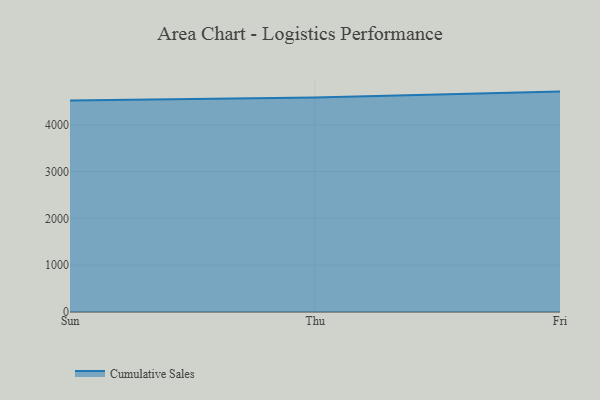
{"axis": {"x": "Day", "y": "Population (Million)"}, "legend": ["Cumulative Sales"], "data": [{"x": "Sun", "y": 4518.1, "type": "Cumulative Sales"}, {"x": "Thu", "y": 4584.3, "type": "Cumulative Sales"}, {"x": "Fri", "y": 4708.5, "type": "Cumulative Sales"}]}